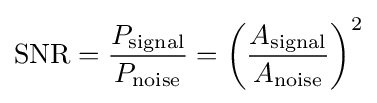
\mathrm {SNR} ={\frac {P_{\mathrm {signal} }}{P_{\mathrm {noise} }}}=\left({\frac {A_{\mathrm {signal} }}{A_{\mathrm {noise} }}}\right)^{2}